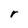
Character: r